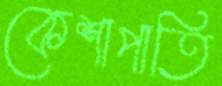
কেশাপাতি